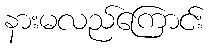
နားမလည်ကြောင်း